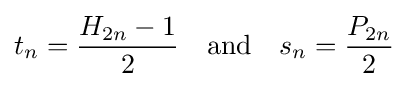
t_{n}={\frac {H_{2n}-1}{2}}\quad {\mbox{and}}\quad s_{n}={\frac {P_{2n}}{2}}